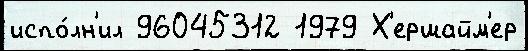
испо́лн'ил 96045312 1979 Х'ершайм'ер